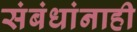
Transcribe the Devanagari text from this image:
संबंधांनाही